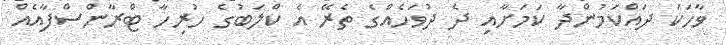
ވާހަކަ ދައްކަމުންދާ ކަމަށާއި ދެ ދުވަހެއްގެ ތެރޭ އެ ކްލަބުގެ ހުރިހާ ޓްރާންސްފާއެއް